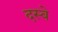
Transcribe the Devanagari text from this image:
दस्वे